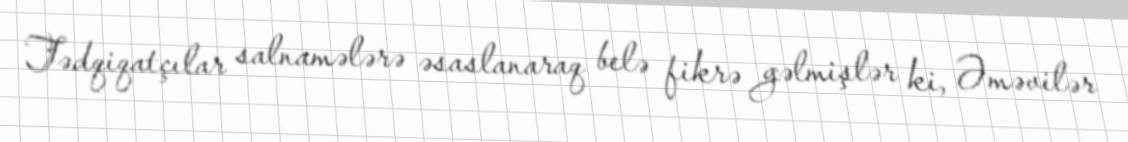
Tədqiqatçılar salnamələrə əsaslanaraq belə fikrə gəlmişlər ki, Əməvilər